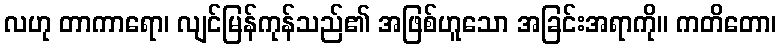
လဟု တာကာရော၊ လျင်မြန်ကုန်သည်၏ အဖြစ်ဟူသော အခြင်းအရာကို။ ကတိတော၊